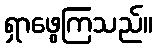
ရှာဖွေကြသည်။